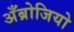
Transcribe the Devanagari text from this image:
अँब्रोजियो